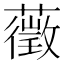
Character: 藢